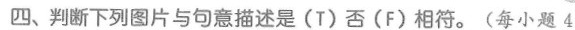
四、判断下列图片与句意描述是(T)否(F)相符.(每小题 4